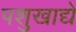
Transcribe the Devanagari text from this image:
पशुखाद्ये